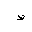
Letter: _da